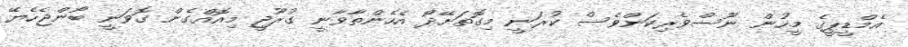
އެމްޑީޕީގެ މީހުން ނޫސްވެރިކަންވެސް ކުރަނީ މިގޮތަށޭދޯ އެހެންތާވާނީ ގުރޫޖީ މިއޮއްގެން ގޮވަނީ ބޯންޖެހެޔޭ